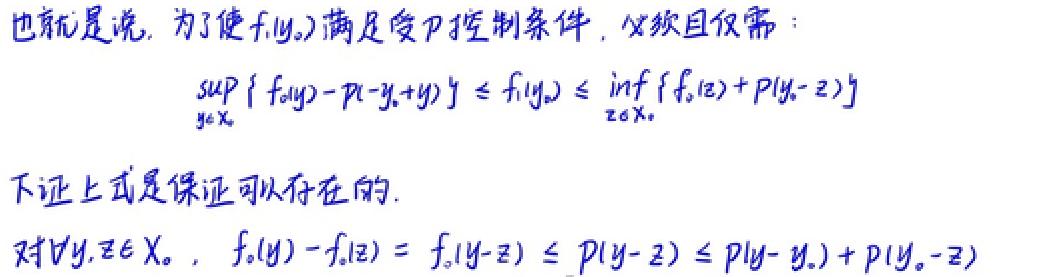
也就是说，为了使 \( f(y_0) \) 满足受 \( p \) 控制条件，仅须且仅需：
\[ \sup_{y\in X} \{ f_0(y) - p(-y_0 + y) \} \leq f(y_0) \leq \inf_{z\in X_0} \{ f_0(z) + p(y_0 - z) \} \]
下证上式是保证可以存在的.
对 \( \forall y,z\in X_0 \)，\( f_0(y) - f_0(z) = f_0(y - z) \leq p(y - z) \leq p(y - y_0) + p(y_0 - z) \)